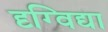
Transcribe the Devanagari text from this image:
दृग्विद्या